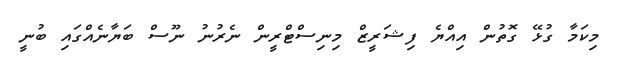
މިކަމާ ގުޅޭ ގޮތުން އިއްޔެ ފިޝަރީޒް މިނިސްޓްރީން ނެރުނު ނޫސް ބަޔާނެއްގައި ބުނީ